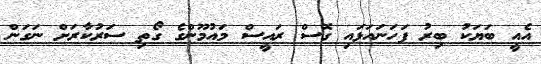
އެއީ ބަޔަކު ބިރު ފަހަނައަޅައި ގޮސް ރައީސް މައުމޫންގެ ގޯތި ސަރުކާރަށް ނަގަން